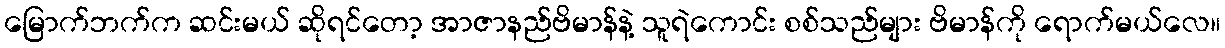
မြောက်ဘက်က ဆင်းမယ် ဆိုရင်တော့ အာဇာနည်ဗိမာန်နဲ့ သူရဲကောင်း စစ်သည်များ ဗိမာန်ကို ရောက်မယ်လေ။